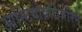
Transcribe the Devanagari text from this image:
आस्टियोप्रोटेजेरिन